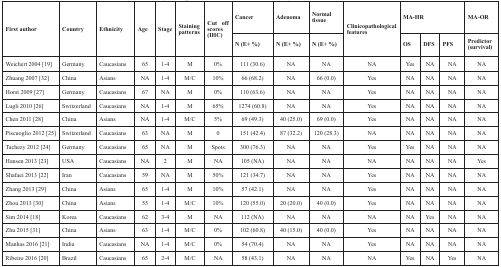
<table><thead><tr><td rowspan="2"><b>First author</b></td><td rowspan="2"><b>Country</b></td><td rowspan="2"><b>Ethnicity</b></td><td rowspan="2"><b>Age</b></td><td rowspan="2"><b>Stage</b></td><td rowspan="2"><b>Stainingpatterns</b></td><td rowspan="2"><b>Cut off scores (IHC)</b></td><td><b>Cancer</b></td><td><b>Adenoma</b></td><td><b>Normal tissue</b></td><td rowspan="2"><b>Clinicopathological features</b></td><td colspan="3"><b>MA-HR</b></td><td><b>MA-OR</b></td></tr><tr><td><b>N (E+ %)</b></td><td><b>N (E+ %)</b></td><td><b>N (E+ %)</b></td><td><b>OS</b></td><td><b>DFS</b></td><td><b>PFS</b></td><td><b>Predictor (survival)</b></td></tr></thead><tbody><tr><td>Weichert 2004 [19]</td><td>Germany</td><td>Caucasians</td><td>65</td><td>1-4</td><td>M</td><td>0%</td><td>111 (30.6)</td><td>NA</td><td>NA</td><td>NA</td><td>Yes</td><td>NA</td><td>NA</td><td>NA</td></tr><tr><td>Zhuang 2007 [32]</td><td>China</td><td>Asians</td><td>NA</td><td>1-4</td><td>M/C</td><td>10%</td><td>66 (68.2)</td><td>NA</td><td>66 (0.0)</td><td>Yes</td><td>NA</td><td>NA</td><td>NA</td><td>NA</td></tr><tr><td>Horst 2009 [27]</td><td>Germany</td><td>Caucasians</td><td>67</td><td>NA</td><td>M</td><td>0%</td><td>110 (63.6)</td><td>NA</td><td>NA</td><td>Yes</td><td>NA</td><td>NA</td><td>NA</td><td>NA</td></tr><tr><td>Lugli 2010 [26]</td><td>Switzerland</td><td>Caucasians</td><td>NA</td><td>1-4</td><td>M</td><td>65%</td><td>1274 (60.8)</td><td>NA</td><td>NA</td><td>Yes</td><td>NA</td><td>NA</td><td>NA</td><td>NA</td></tr><tr><td>Chen 2011 [28]</td><td>China</td><td>Asians</td><td>NA</td><td>1-4</td><td>M/C</td><td>5%</td><td>69 (49.3)</td><td>40 (25.0)</td><td>69 (0.0)</td><td>Yes</td><td>NA</td><td>NA</td><td>NA</td><td>NA</td></tr><tr><td>Piscuoglio 2012 [25]</td><td>Switzerland</td><td>Caucasians</td><td>63</td><td>NA</td><td>M</td><td>0</td><td>151 (42.4)</td><td>87 (32.2)</td><td>120 (28.3)</td><td>NA</td><td>NA</td><td>NA</td><td>NA</td><td>NA</td></tr><tr><td>Tachezy 2012 [24]</td><td>Germany</td><td>Caucasians</td><td>65</td><td>NA</td><td>M</td><td>Spots</td><td>300 (76.3)</td><td>NA</td><td>NA</td><td>Yes</td><td>Yes</td><td>NA</td><td>NA</td><td>NA</td></tr><tr><td>Hansen 2013 [23]</td><td>USA</td><td>Caucasians</td><td>NA</td><td>2</td><td>M</td><td>NA</td><td>105 (NA)</td><td>NA</td><td>NA</td><td>NA</td><td>NA</td><td>NA</td><td>NA</td><td>Yes</td></tr><tr><td>Shafaei 2013 [22]</td><td>Iran</td><td>Caucasians</td><td>59</td><td>NA</td><td>M</td><td>50%</td><td>121 (34.7)</td><td>NA</td><td>NA</td><td>Yes</td><td>NA</td><td>NA</td><td>NA</td><td>NA</td></tr><tr><td>Zhang 2013 [29]</td><td>China</td><td>Asians</td><td>65</td><td>1-4</td><td>M</td><td>10%</td><td>57 (42.1)</td><td>NA</td><td>NA</td><td>Yes</td><td>NA</td><td>NA</td><td>NA</td><td>NA</td></tr><tr><td>Zhou 2013 [30]</td><td>China</td><td>Asians</td><td>55</td><td>1-4</td><td>M/C</td><td>10%</td><td>120 (55.0)</td><td>20 (20.0)</td><td>40 (0.0)</td><td>Yes</td><td>NA</td><td>NA</td><td>NA</td><td>NA</td></tr><tr><td>Sim 2014 [18]</td><td>Korea</td><td>Caucasians</td><td>62</td><td>3-4</td><td>M</td><td>NA</td><td>112 (NA)</td><td>NA</td><td>NA</td><td>NA</td><td>NA</td><td>Yes</td><td>NA</td><td>NA</td></tr><tr><td>Zhu 2015 [31]</td><td>China</td><td>Asians</td><td>63</td><td>1-4</td><td>M/C</td><td>0%</td><td>102 (60.8)</td><td>40 (15.0)</td><td>40 (0.0)</td><td>Yes</td><td>NA</td><td>NA</td><td>NA</td><td>NA</td></tr><tr><td>Manhas 2016 [21]</td><td>India</td><td>Caucasians</td><td>NA</td><td>1-4</td><td>M/C</td><td>0%</td><td>54 (70.4)</td><td>NA</td><td>NA</td><td>Yes</td><td>NA</td><td>NA</td><td>NA</td><td>NA</td></tr><tr><td>Ribeiro 2016 [20]</td><td>Brazil</td><td>Caucasians</td><td>65</td><td>2-4</td><td>M/C</td><td>NA</td><td>58 (43.1)</td><td>NA</td><td>NA</td><td>NA</td><td>Yes</td><td>NA</td><td>Yes</td><td>NA</td></tr></tbody></table>